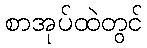
စာအုပ်ထဲတွင်